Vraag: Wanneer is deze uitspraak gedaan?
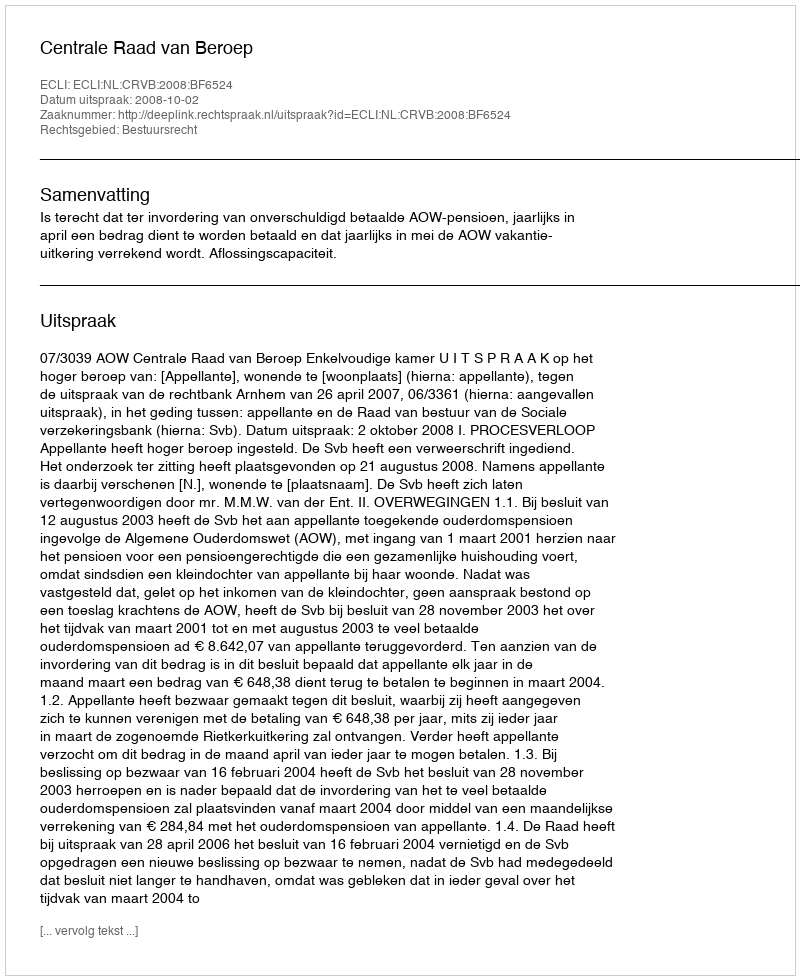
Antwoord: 2008-10-02